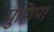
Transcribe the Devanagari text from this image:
पुणिमा